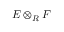
E \otimes _ { R } F